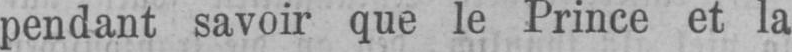
pendant savoir que le Prince et la